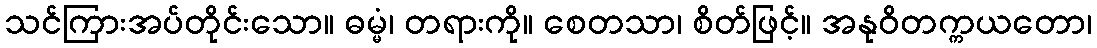
သင်ကြားအပ်တိုင်းသော။ ဓမ္မံ၊ တရားကို။ စေတသာ၊ စိတ်ဖြင့်။ အနုဝိတက္ကယတော၊